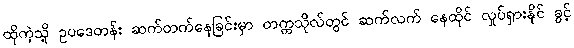
ထိုကဲ့သို့ ဥပဒေတန်း ဆက်တက်နေခြင်းမှာ တက္ကသိုလ်တွင် ဆက်လက် နေထိုင် လှုပ်ရှားနိုင် ခွင့်